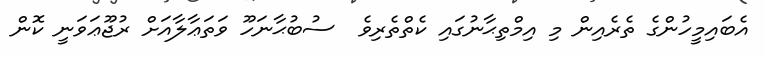
އެބައިމީހުންގެ ތެރެއިން މި އިމްތިޙާނުގައި ކެތްތެރިވެ  ސުބުޙާނަހޫ ވަތަޢާލާއަށް ރުޖޫޢަވަނީ ކޮން